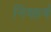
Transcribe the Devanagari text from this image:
निष्क़र्ष